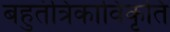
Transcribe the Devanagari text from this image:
बहुतंत्रिकाविकृति